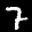
Label: 7